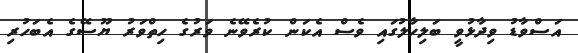
އަސްވާޑު ވިދާޅުވީ ބަލިހާލުގައި ވެސް އެކަން ކުރެވޭނެ ވަރުގެ ހިތްވަރު ޔޫސޭގެ އެބަހުރި